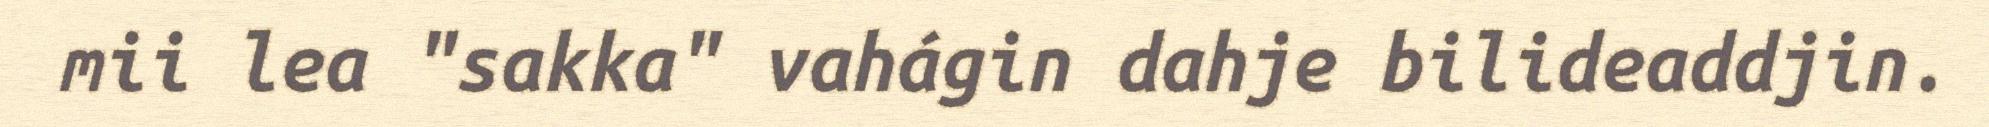
mii lea "sakka" vahágin dahje bilideaddjin.